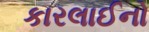
કારલાઈનો